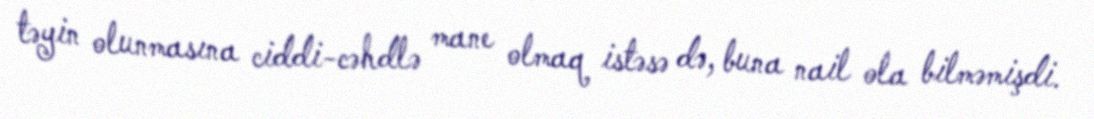
təyin olunmasına ciddi-cəhdlə mane olmaq istəsə də, buna nail ola bilməmişdi.